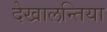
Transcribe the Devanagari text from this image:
देखालन्तिया